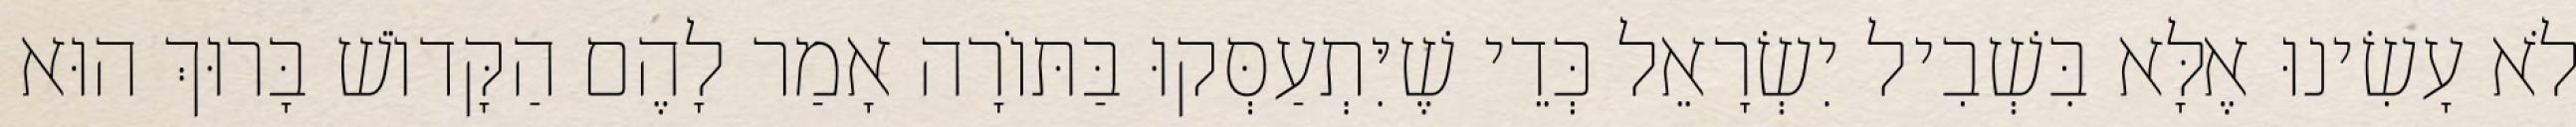
לֹא עָשִׂינוּ אֶלָּא בִּשְׁבִיל יִשְׂרָאֵל כְּדֵי שֶׁיִּתְעַסְּקוּ בַּתּוֹרָה אָמַר לָהֶם הַקָּדוֹשׁ בָּרוּךְ הוּא